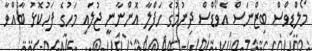
މޯލްޑިވްސް ބިޒްނަސް އެވޯޑްސް ދިނުމުގެ ހަފްލާ އޮންނާނީ ޖުލައި މަހުގެ ފަހުކޮޅު ބާއްވާ